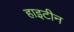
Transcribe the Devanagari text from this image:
हाइटीन